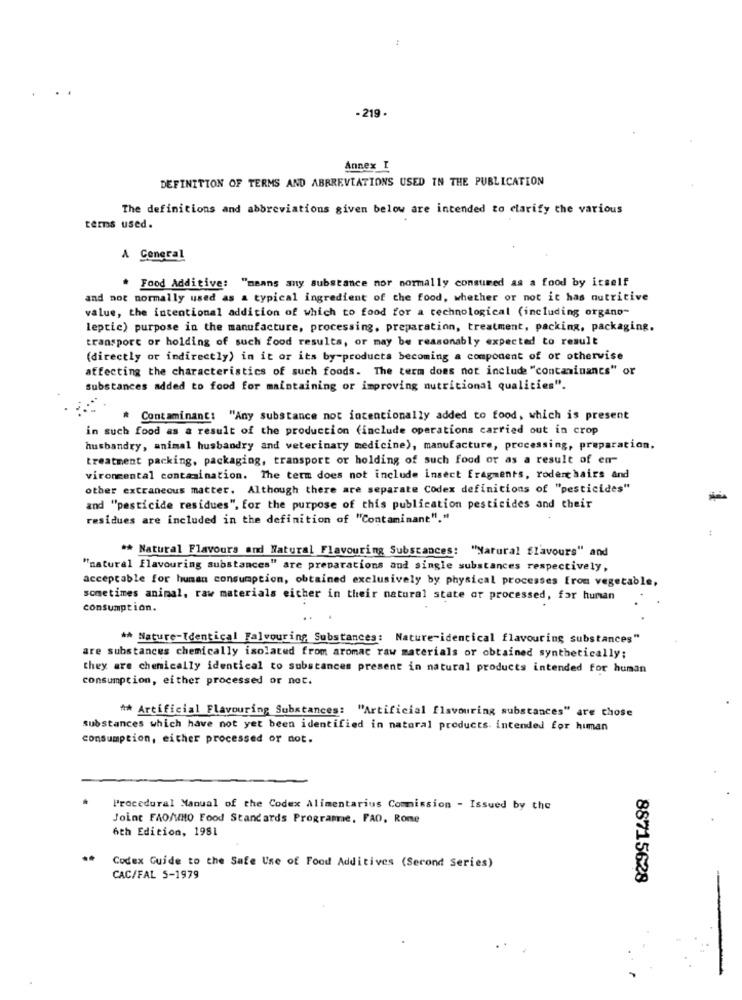
- 219 .
Annex I
DEFINITION OF TERMS AND ABBREVIATIONS USED IN THE PUBLICATION
The definitions and abbreviations given below are intended to clarify the various
tems used.
A General
* Food Additive: "means any substance mor normally consumed as a food by itself
and not normally used as a typical ingredient of the food, whether or not it has nutritive
value, the intentional addition of which to food for a technological (including organo"
leptic) purpose in the manufacture, processing, preparation, treatment, packing, packaging.
transport or holding of such food results, or may be reasonably expected to result
(directly or indirectly) in it or its by-products becoming a component of or otherwise
affecting the characteristics of such foods. The term does not include "contaminants" or
substances added to food for maintaining or improving nutricional qualities".
Contaminant: "Any substance not intentionally added to food, which is present
in such food as a result of the production (include operations carried out in crop
husbandry, animal husbandry and veterinary medicine), manufacture, processing, preparation.
treatment packing, packaging, transport or holding of such food or as a result of em-
vironmental contamination. The term does not include insect fragments, roderchairs and
other extraneous matter. Although there are separate Codex definitions of "pesticides"
and "pesticide residues", for the purpose of this publication pesticides and their
residues are included in the definition of "Contaminant"."
** Natural Flavours and Natural Flavouring Substances: "Natural flavours" and
"natural flavouring substances" are preparations and single substances respectively,
acceptable for human consumption, obtained exclusively by physical processes Erom vegetable,
sometimes animal, raw materials either in their natural state or processed, for human
consumption.
** Nature-Identical Falvouring Substances: Nature-identical flavouring substances"
are substances chemically isolated from aromac raw materials or obtained synthetically;
they are chemically identical to substances present in natural products intended for human
consumption, either processed or not.
#* Artificial Flavouring Substances: "Artificial flavouring substances" are chose
substances which have not yet been identified in natural products. intended for human
consumption, either processed or not.
Procedural Manual of the Codex Alimentarius Commission - Issued by the
Joint FAO/WHO Food Standards Programme, FAO, Rome
6th Edition, 1981
..
Codex Guide to the Safe Use of Food Additives (Second Series)
CAC/FAL 5-1979
88715628